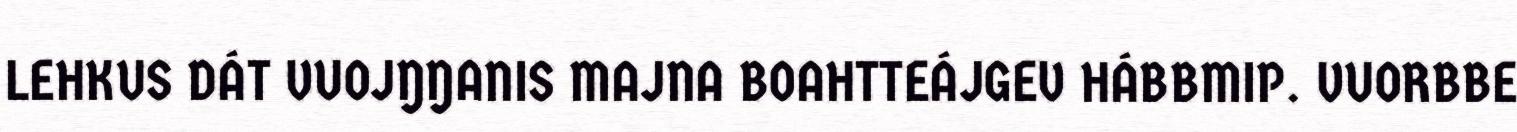
LEHKUS DÁT VUOJŊŊANIS MAJNA BOAHTTEÁJGEV HÁBBMIP. VUORBBE